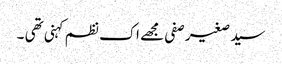
سید صغیر صفی مجھے اک نظم کہنی تھی ۔